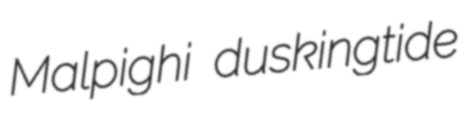
Malpighi duskingtide